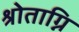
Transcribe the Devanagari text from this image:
श्रोताग्नि